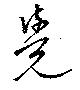
覺